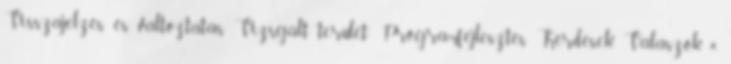
Visszajelzés és változtatás Vizsgált terület: Programfejlesztés Kérdések Válaszok 4.